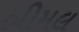
બીમલ